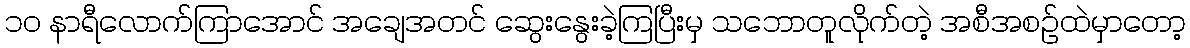
၁၀ နာရီလောက်ကြာအောင် အချေအတင် ဆွေးနွေးခဲ့ကြပြီးမှ သဘောတူလိုက်တဲ့ အစီအစဉ်ထဲမှာတော့